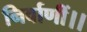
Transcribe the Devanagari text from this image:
निर्वाणीं।।